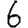
Digit: 6